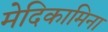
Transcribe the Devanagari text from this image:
मेदिकामिना